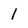
Character: l